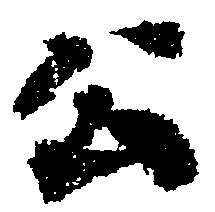
公